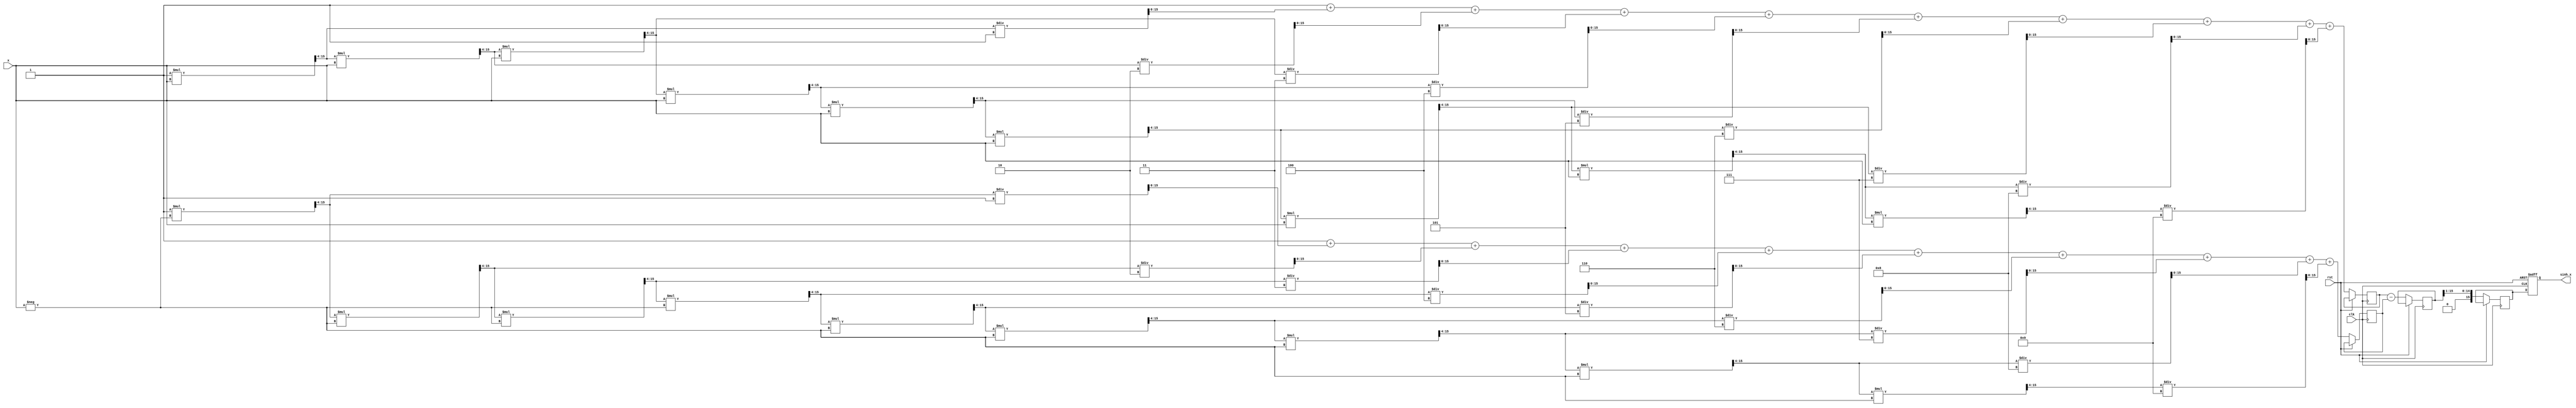
module sinh_arithmetic_block (
    input wire [15:0] x,          // Input value (fixed-point representation)
    output reg [15:0] sinh_x,     // Output value (sinh(x))
    input wire clk,               // Clock signal
    input wire rst                // Reset signal
);

    // Internal signals
    reg [15:0] exp_x;             // e^x
    reg [15:0] exp_neg_x;         // e^-x
    reg [15:0] exp_diff;          // e^x - e^-x
    reg [15:0] temp_sinh;         // Temporary result for sinh(x)

    // Exponentiation function using Taylor series approximation
    function [15:0] exp_approx;
        input [15:0] val;
        reg [15:0] term;
        reg [15:0] sum;
        integer i;
        begin
            sum = 16'h0001; // e^0 = 1
            term = 16'h0001; // First term (x^0 / 0!)
            for (i = 1; i < 10; i = i + 1) begin
                term = (term * val) >> 4; // x^i / i! (shift for fixed-point)
                sum = sum + term / i; // Add term to sum
            end
            exp_approx = sum;
        end
    endfunction

    // Main process
    always @(posedge clk or posedge rst) begin
        if (rst) begin
            sinh_x <= 16'h0000; // Reset output
        end else begin
            // Calculate e^x and e^-x
            exp_x <= exp_approx(x);
            exp_neg_x <= exp_approx(-x);

            // Calculate e^x - e^-x
            exp_diff <= exp_x - exp_neg_x;

            // Calculate sinh(x) = (e^x - e^-x) / 2
            temp_sinh <= exp_diff >> 1; // Divide by 2 (shift right)
            sinh_x <= temp_sinh; // Assign to output
        end
    end

endmodule